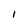
Character: l